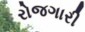
રોજગારી